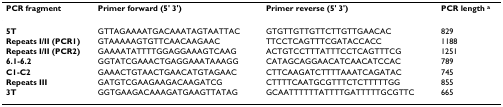
<table><thead><tr><td><b>PCR fragment</b></td><td><b>Primer forward (5&#x27;→3&#x27;)</b></td><td><b>Primer reverse (5&#x27;→3&#x27;)</b></td><td><b>PCR length <sup>a</sup></b></td></tr></thead><tbody><tr><td><b>5T</b></td><td>GTTAGAAAATGACAAATAGTAATTAC</td><td>GTGTTGTTGTTCTTGTTGAACAC</td><td>829</td></tr><tr><td><b>Repeats I/II (PCR1)</b></td><td>GTAAAAAGTGTTCAACAAGAAC</td><td>TTCCTCAGTTTCGATACCACC</td><td>1188</td></tr><tr><td><b>Repeats I/II (PCR2)</b></td><td>GAAAATATTTTGGAGGAAAGTCAAG</td><td>ACTGTCCTTTATTTCCTCAGTTTCG</td><td>1251</td></tr><tr><td><b>6.1-6.2</b></td><td>GGTATCGAAACTGAGGAAATAAAGG</td><td>CATAGCAGGAACATCAACATCCAC</td><td>789</td></tr><tr><td><b>C1-C2</b></td><td>GAAACTGTAACTGAACATGTAGAAC</td><td>CTTCAAGATCTTTTAAATCAGATAC</td><td>745</td></tr><tr><td><b>Repeats III</b></td><td>GATGTCGAAGAAGACAAGATCG</td><td>CTTTTCAATGCGTTTCTCTTTTTGG</td><td>855</td></tr><tr><td><b>3T</b></td><td>GGTGAAGACAAAGATGAAGTTATAG</td><td>GCAATTTTTTATTTTGATTTTTGCGTTC</td><td>665</td></tr></tbody></table>